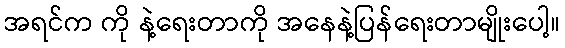
အရင်က ကို နဲ့ရေးတာကို အနေနဲ့ပြန်ရေးတာမျိုးပေါ့။